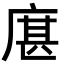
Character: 𢉮